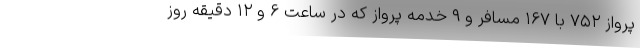
پرواز ۷۵۲ با ۱۶۷ مسافر و ۹ خدمه پرواز که در ساعت ۶ و ۱۲ دقیقه روز